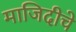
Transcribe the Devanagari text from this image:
माजिदीचे